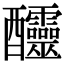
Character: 𨤍